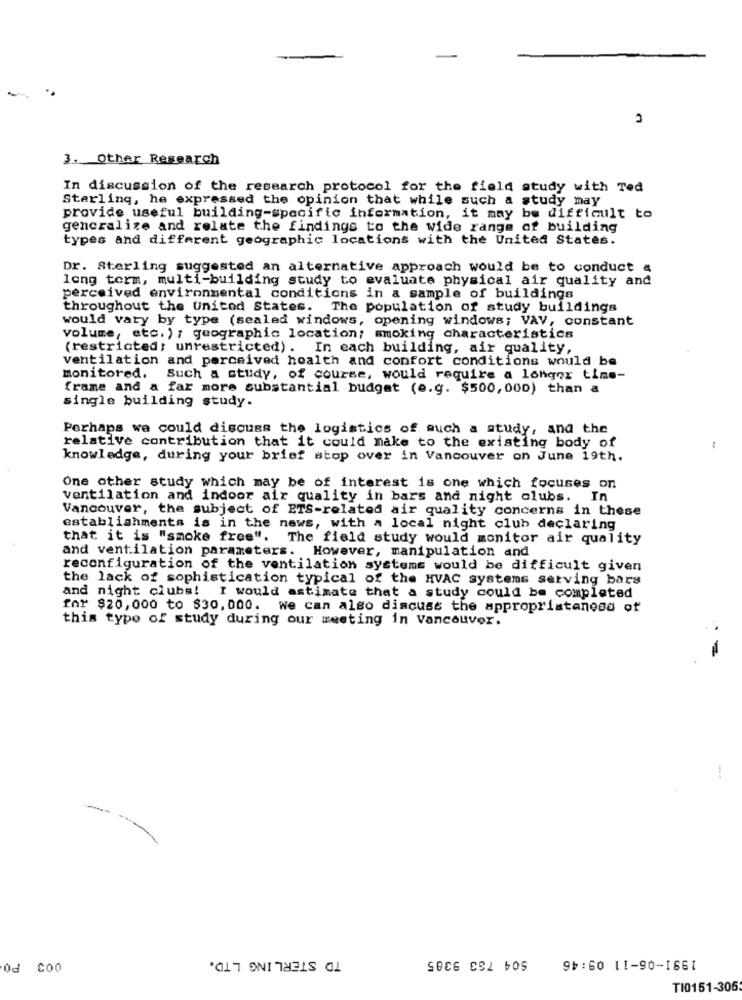
3. Other Research
In discussion of the research protocol for the field study with Ted
Starling, he expressed the opinion that while such a study may
provide useful building-specific information, it may be difficult to
generalize and relate the findings to the wide range of building
types and different geographic locations with the United States.
Dr. Sterling suggested an alternative approach would be to conduct a
long term, multi-building study to evaluate physical air quality and
perceived environmental conditions in a sample of buildings
throughout the United States. The population of study buildings
would vary by type (sealed windows, opening windows; VAV, constant
volume, etc. ) ; geographic location; smoking characteristics
(restricted; unrestricted) . In each building, air quality,
ventilation and perceived health and confort conditions would be
monitored. Such a study, of course, would require a longer time-
frame and a far more substantial budget (e.g. $500,000) than a
single building study.
Perhaps we could discuss the logistics of auch a study, and the
relative contribution that it could make to the existing body of
knowledge, during your brief stop over in Vancouver on June 19th.
One other study which may be of interest is one which focuses on
ventilation and indoor air quality in bars and night clubs. In
Vancouver, the subject of ETS-related air quality concerns in these
establishments is in the news, with a local night club declaring
that it is "smoke free".
The field study would monitor air quality
and ventilation parameters. However, manipulation and
reconfiguration of the ventilation systems would be difficult given
the lack of sophistication typical of the HVAC systems serving bars
and night clubs! I would astimate that a study could be completed
for $20, 000 to $30, 000. we can also discuss the appropriataness of
this type of study during our meeting in Vancouver.
TD STERLING LTD.
$04 763 9385
1991-06-11 09:46
0d Co0
TI0151-305